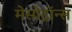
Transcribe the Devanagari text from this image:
मेसोट्रॉन्स